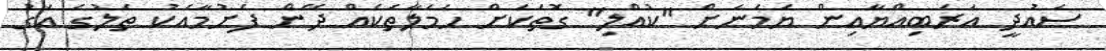
ސައުދީ އަރަބިއްޔާއިން ޔަމަނަށް "ކުއްލި" ގޮތަކަށް ހަމަލާތަކެއް ދޭން ފެށުމާއެކު ތެލުގެ އަގު